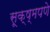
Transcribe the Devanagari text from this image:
सूक्ष्मपणे